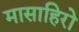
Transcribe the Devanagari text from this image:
मासाहिरो